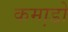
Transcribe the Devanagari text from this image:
कमा़डो